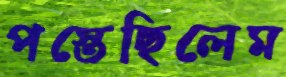
পস্তেছিলেম